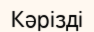
Кәрізді